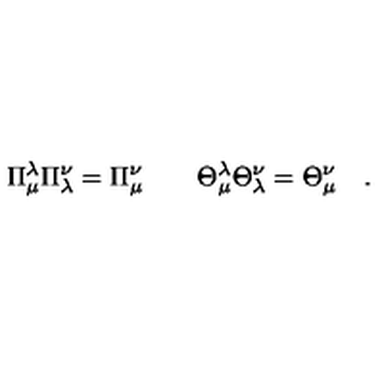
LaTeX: \Pi _ { \mu } ^ { \lambda } \Pi _ { \lambda } ^ { \nu } = \Pi { } _ { \mu } ^ { \nu } \qquad \Theta _ { \mu } ^ { \lambda } \Theta _ { \lambda } ^ { \nu } = \Theta { } _ { \mu } ^ { \nu } \quad .